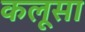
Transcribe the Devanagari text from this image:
कलूसा